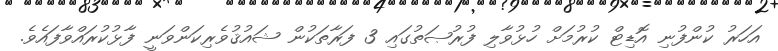
އަހަރު ކުންފުނި އޮޑިޓް ކުރުމަށް ހުޅުވާލި ފުރުޞަތުގައި 3 ފަރާތަކުން ޝައުޤުވެރިކަންވަނީ ފާޅުކުރައްވާފައެވެ.